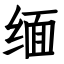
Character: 缅